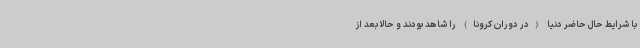
با شرایط حال حاضر دنیا (در دوران کرونا) را شاهد بودند و حالا بعد از